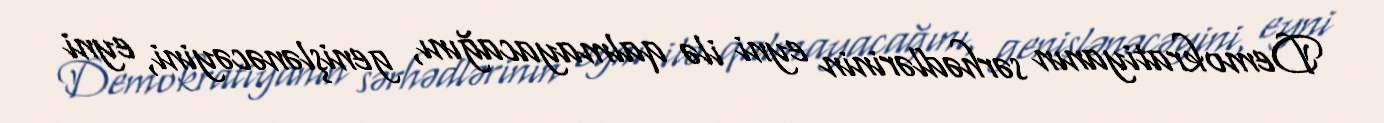
Demokratiyanın sərhədlərinin eyni ilə qalmayacağını, genişlənəcəyini, eyni